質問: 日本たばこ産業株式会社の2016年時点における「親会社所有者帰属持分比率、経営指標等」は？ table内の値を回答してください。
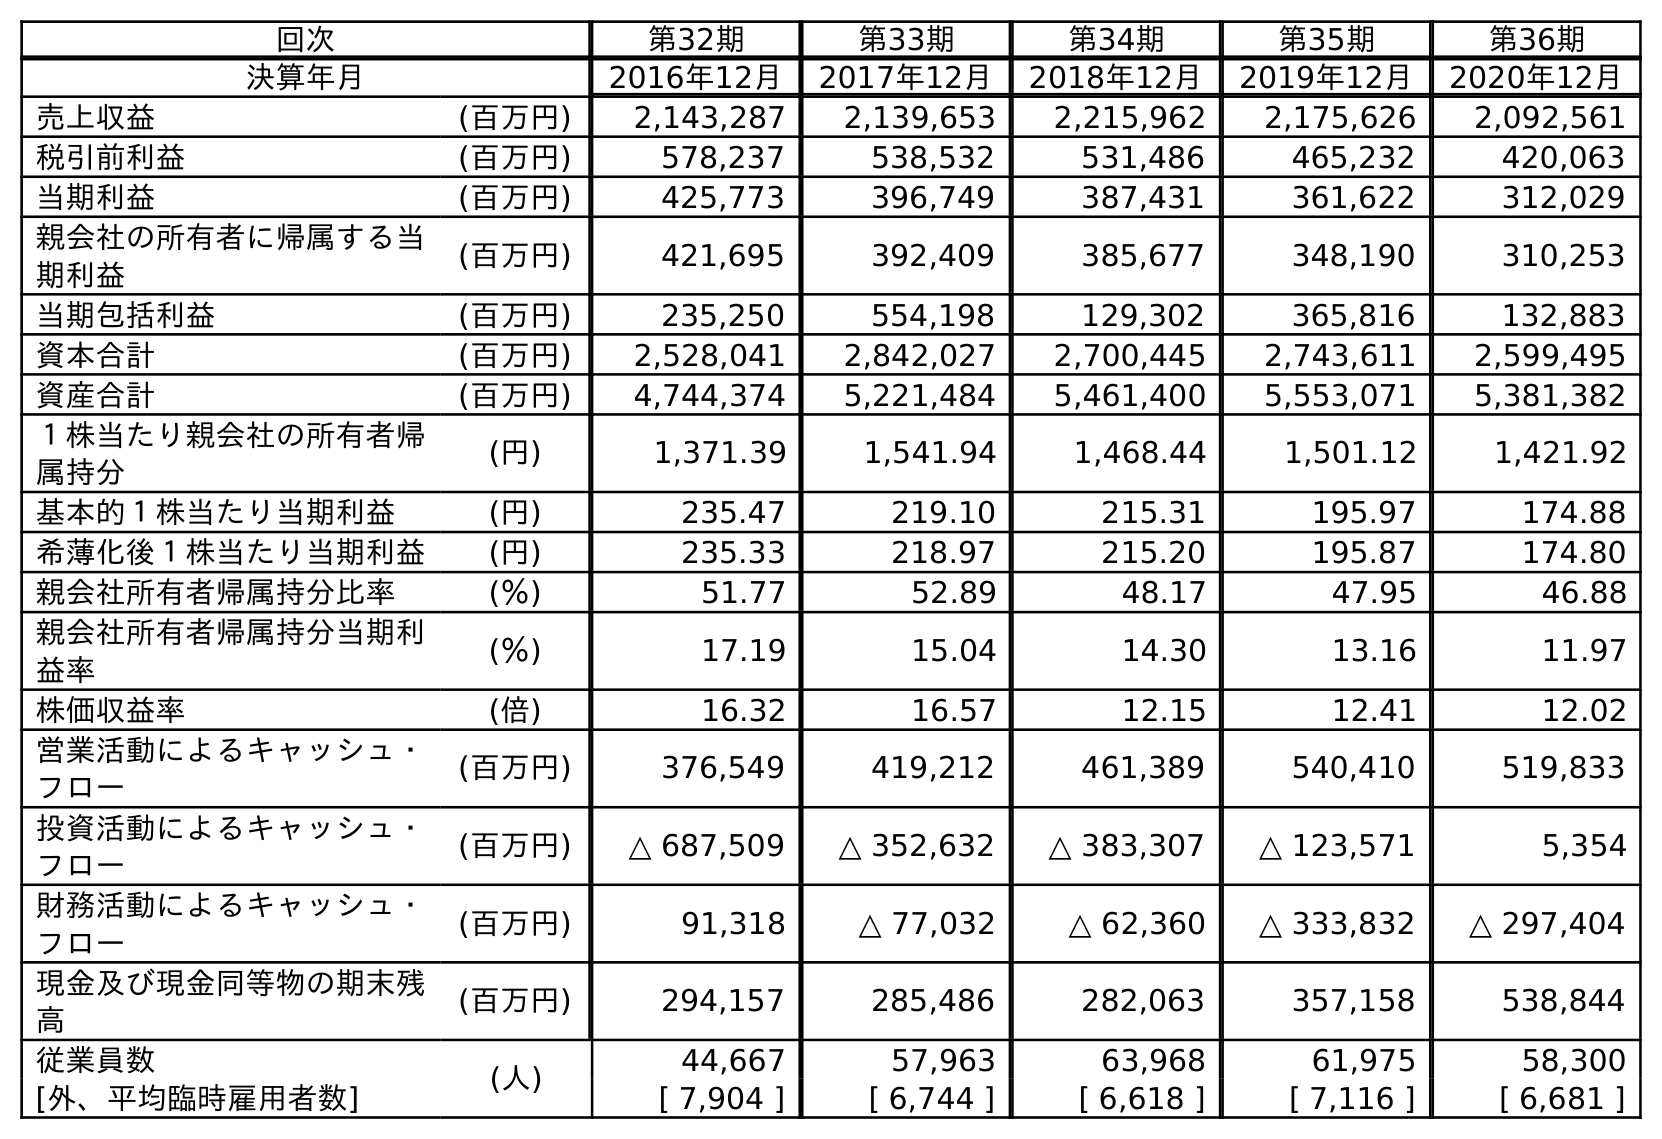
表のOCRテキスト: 回次 第32期 第33期 第34期 第35期 第36期 決算年月 2016年12月 2017年12月 2018年12月 2019年12月 2020年12月 売上収益 (百万円) 2,143,287 2,139,653 2,215,962 2,175,626 2,092,561 税引前利益 (百万円) 578,237 538,532 531,486 465,232 420,063 当期利益 (百万円) 425,773 396,749 387,431 361,622 312,029 親会社の所有者に帰属する当 期利益 (百万円) 421,695 392,409 385,677 348,190 310,253 当期包括利益 (百万円) 235,250 554,198 129,302 365,816 132,883 資本合計 (百万円) 2,528,041 2,842,027 2,700,445 2,743,611 2,599,495 資産合計 (百万円) 4,744,374 5,221,484 5,461,400 5,553,071 5,381,382 １株当たり親会社の所有者帰 属持分 (円) 1,371.39 1,541.94 1,468.44 1,501.12 1,421.92 基本的１株当たり当期利益 (円) 235.47 219.10 215.31 195.97 174.88 希薄化後１株当たり当期利益 (円) 235.33 218.97 215.20 195.87 174.80 親会社所有者帰属持分比率 (％) 51.77 52.89 48.17 47.95 46.88 親会社所有者帰属持分当期利 益率 (％) 17.19 15.04 14.30 13.16 11.97 株価収益率 (倍) 16.32 16.57 12.15 12.41 12.02 営業活動によるキャッシュ・ フロー (百万円) 376,549 419,212 461,389 540,410 519,833 投資活動によるキャッシュ・ フロー (百万円) △ 687,509 △ 352,632 △ 383,307 △ 123,571 5,354 財務活動によるキャッシュ・ フロー (百万円) 91,318 △ 77,032 △ 62,360 △ 333,832 △ 297,404 現金及び現金同等物の期末残 高 (百万円) 294,157 285,486 282,063 357,158 538,844 従業員数 (人) 44,667 57,963 63,968 61,975 58,300 [外、平均臨時雇用者数] [ 7,904 ] [ 6,744 ] [ 6,618 ] [ 7,116 ] [ 6,681 ]
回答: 51.77